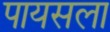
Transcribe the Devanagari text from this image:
पायसला